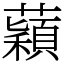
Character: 蘔